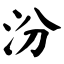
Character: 汾